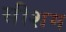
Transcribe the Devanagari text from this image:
सीशम